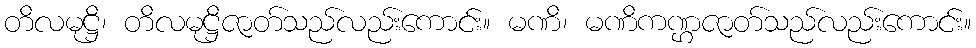
တိလမုဋ္ဌိ၊ တိလမုဋ္ဌိဇာတ်သည်လည်းကောင်း။ မဏိ၊ မဏိကဏ္ဌဇာတ်သည်လည်းကောင်း။